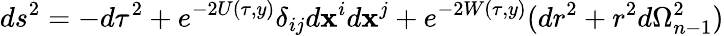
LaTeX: ds^{2}=-d\tau^{2}+e^{-2U(\tau,y)}\delta_{ij}d\mathbf{x}^{i}d\mathbf{x}^{j}+e^{-2W(\tau,y)}(dr^{2}+r^{2}d\Omega_{n-1}^{2})